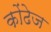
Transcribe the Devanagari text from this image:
कोंढेज